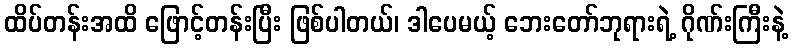
ထိပ်တန်းအထိ ဖြောင့်တန်းပြီး ဖြစ်ပါတယ်၊ ဒါပေမယ့် ဘေးတော်ဘုရားရဲ့ ဂိုဏ်းကြီးနဲ့